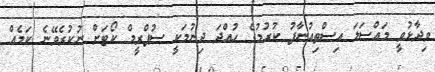
ވިދާޅުވީ މައްސަލަ އިސްތިއުނާފު ކުރުމުގެ ހުއްދަ ދިނުމަކީ ސުޕްރީމް ކޯޓަށް ނުކުރެވޭނެ ކަމެއް